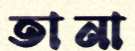
তানা